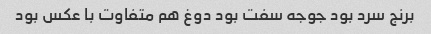
برنج سرد بود جوجه سفت بود دوغ هم متفاوت با عکس بود